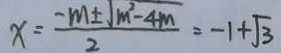
x = \frac { - m \pm \sqrt { m ^ { 2 } - 4 m } } { 2 } = - 1 + \sqrt { 3 }